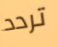
تردد